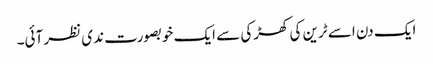
ایک دن اسے ٹرین کی کھڑکی سے ایک خوبصورت ندی نظر آئی۔